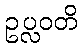
ဥပ္လဝတိ